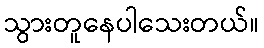
သွားတူနေပါသေးတယ်။